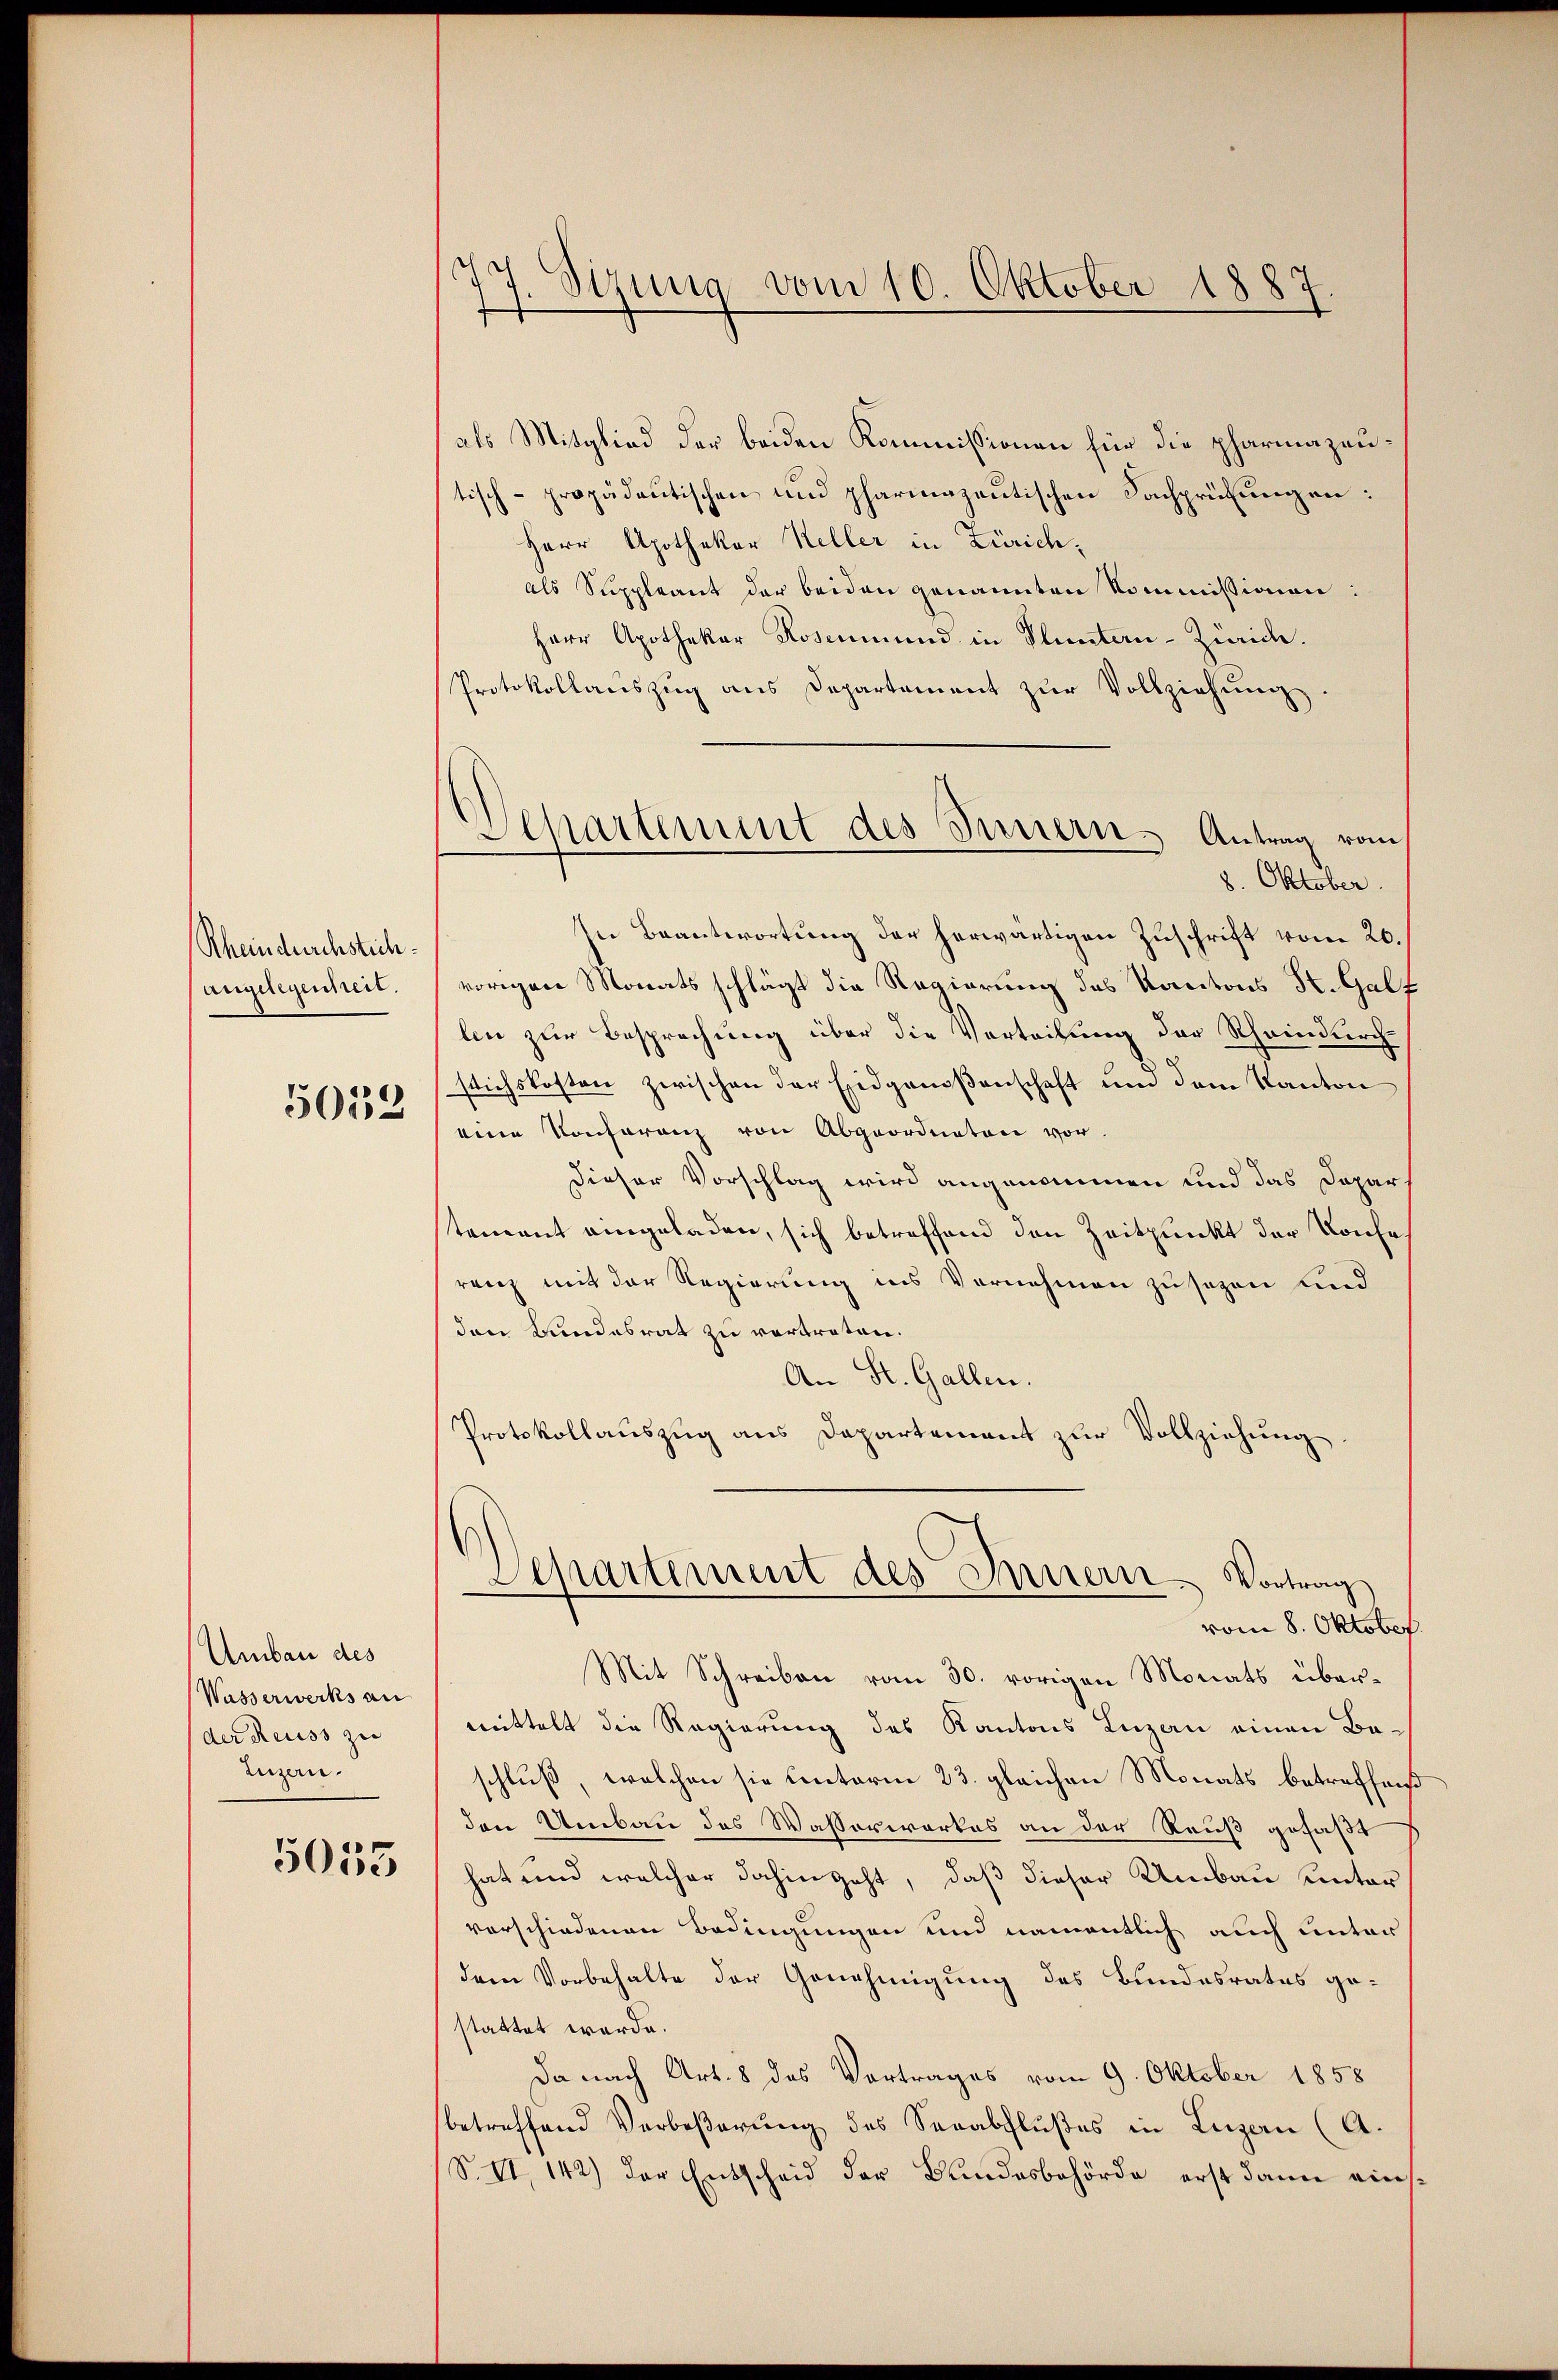
Rheindruchstichangelegenheit.
5053

Umbau des
Wasserwerks an
der Reuss zu
Luzern.

5055

77. Sitzung vom 10. Oktober 1887

als Mitglied der beiden Kommissionen für die pharmazeutisch-propädeutischen und pharmazentischen Fachprüfungen:
Herr Apothekar Keller in Zürichals Suppleant der beiden genannten Kommissionen
Herr Apothekar Rosenmund in Fluntern-Zürich.
Protokollauszug aus Departement zur Vollziehung
s
In Beantwortung der herwärtigen Zuschrift vom 20.
vorigen Monatsschlägt die Regierung des Kantons St. Galt
len zur Besprechung über die Vertribung der Rheindurchstichskosten zwischen der Eidgenoßenschaft um dem Kanton
eine Konferenz von Abgeordneten vor.
dieser Vorschlag wird angenommen und das Dapar
tement angeladen, sich betreffend den Zeitpunkt der Konfe
renz mit der Regierung ins Vernehmen zu sagen und
den Bundesrat zu vertreten.
An St. Gallen.
Protokollauszug aus Departement zur Vollziehung
d
Separtement des Innern. Vortrag
vom 8. Oktober.
Mit Schreiben vom 30. vorigen Monats übermittelt die Regierung des Kantons Luzern einen Baschluß, welchen sie unterm 23. gleichen Monats betreffend
den Umbau des Wasserwerkes an der Reuß gefaßt
hat und welcher dahingeht, daß dieser Umbau unter
vorschiedenen Bedingungen und namentlich auch unter
dem Vorbehalte der Genehmigung des Bundesrates gestattet werde.
Da nach Art. 8 des Vortrages vom 9. Oktober 1858
betreffend Verbeßerung des Verabflußes in Luzern (A.
S. VI, 142) der Entscheid der Bundesbehörde erst dann eins¬

Separtement des Innern. Antrag vom
8. Oktober.